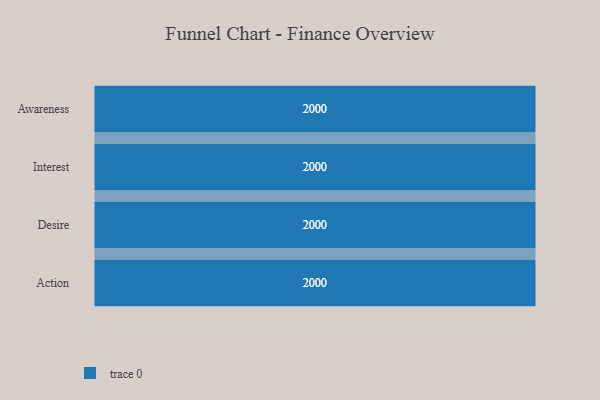
{"axis": {"x": "Stage", "y": "Value"}, "legend": [""], "data": [{"x": "Awareness", "y": 2000, "type": ""}, {"x": "Interest", "y": 2000, "type": ""}, {"x": "Desire", "y": 2000, "type": ""}, {"x": "Action", "y": 2000, "type": ""}]}